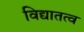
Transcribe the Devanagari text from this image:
विद्यातत्व